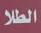
الطلا